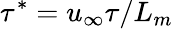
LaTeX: \tau^{*}=u_{\infty}\tau/L_{m}